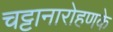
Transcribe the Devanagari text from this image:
चट्टानारोहणके